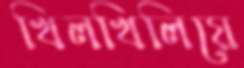
খিলখিলিয়ে